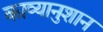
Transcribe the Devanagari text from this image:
काव्यानुशान